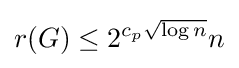
r(G)\leq 2^{c_{p}{\sqrt {\log n}}}n